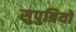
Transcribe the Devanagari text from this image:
सुपुत्रियों